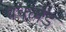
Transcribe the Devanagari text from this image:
बक्लैंड